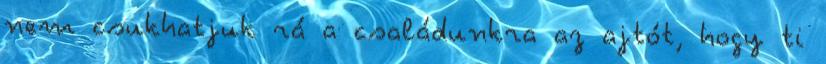
nem csukhatjuk rá a családunkra az ajtót, hogy ti